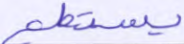
يستطع